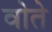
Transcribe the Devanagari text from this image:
वोते